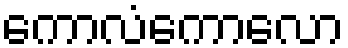
ကောလံကောလော